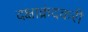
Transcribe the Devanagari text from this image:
दक्षाक्रंदकरी